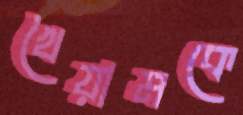
খৈয়ামকে